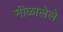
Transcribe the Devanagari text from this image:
मीळालेले